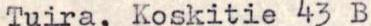
Tuira, Koskitie 43 B